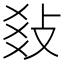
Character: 𢼬